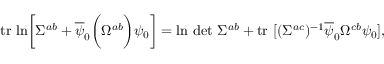
\mathrm { t r } \ \mathrm { l n } \biggl [ \Sigma ^ { a b } + \overline { { \psi } } _ { 0 } \biggl ( \Omega ^ { a b } \biggr ) \psi _ { 0 } \biggr ] = \mathrm { l n } \ \mathrm { d e t } \ \Sigma ^ { a b } + \mathrm { t r } \ [ ( \Sigma ^ { a c } ) ^ { - 1 } \overline { { \psi } } _ { 0 } \Omega ^ { c b } \psi _ { 0 } ] ,